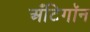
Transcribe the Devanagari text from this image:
अँटिगॉन